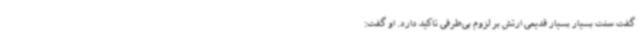
گفت سنت بسیار بسیار قدیمی ارتش بر لزوم بی‌طرفی تاکید دارد. او گفت: